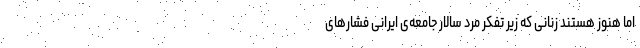
اما هنوز هستند زنانی که زیر تفکر مرد سالار جامعه­‌ی ایرانی فشارهای